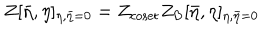
LaTeX: Z [ { \bar { \eta } } , \eta ] _ { \eta , \bar { \eta } = 0 } = Z _ { \mathrm { c o s e t } } Z _ { \mathrm { B } } [ { \bar { \eta } } , \eta ] _ { \eta , \bar { \eta } = 0 }